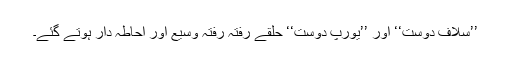
’’سلاف دوست‘‘ اور ’’یورپ دوست‘‘ حلقے رفتہ رفتہ وسیع اور احاطہ دار ہوتے گئے۔